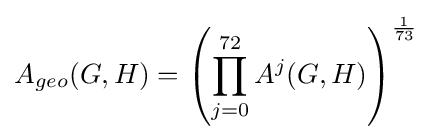
A_{geo}(G,H)=\left(\prod _{j=0}^{72}A^{j}(G,H)\right)^{\frac {1}{73}}